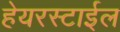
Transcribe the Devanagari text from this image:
हेयरस्टाईल